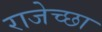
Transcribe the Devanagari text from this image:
राजेच्छा